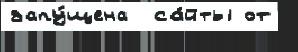
запу́щена  са́йты от